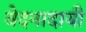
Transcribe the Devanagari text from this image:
वेदनादायी